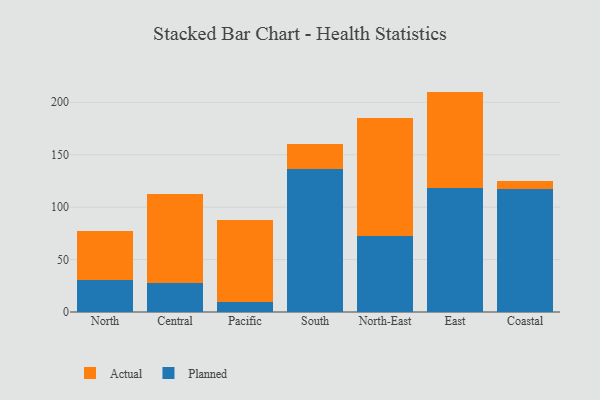
{"axis": {"x": "Region", "y": "Headcount"}, "legend": ["Actual", "Planned"], "data": [{"x": "North", "y": 30.7, "type": "Planned"}, {"x": "North", "y": 47.0, "type": "Actual"}, {"x": "Central", "y": 27.3, "type": "Planned"}, {"x": "Central", "y": 85.0, "type": "Actual"}, {"x": "Pacific", "y": 10.0, "type": "Planned"}, {"x": "Pacific", "y": 77.7, "type": "Actual"}, {"x": "South", "y": 136.7, "type": "Planned"}, {"x": "South", "y": 23.9, "type": "Actual"}, {"x": "North-East", "y": 72.4, "type": "Planned"}, {"x": "North-East", "y": 112.2, "type": "Actual"}, {"x": "East", "y": 118.3, "type": "Planned"}, {"x": "East", "y": 91.9, "type": "Actual"}, {"x": "Coastal", "y": 116.9, "type": "Planned"}, {"x": "Coastal", "y": 8.0, "type": "Actual"}]}